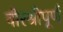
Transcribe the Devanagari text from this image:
वीरश्रीपूर्ण